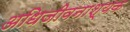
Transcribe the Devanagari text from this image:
अधिजीवनाश्यक